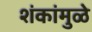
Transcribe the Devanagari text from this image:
शंकांमुळे